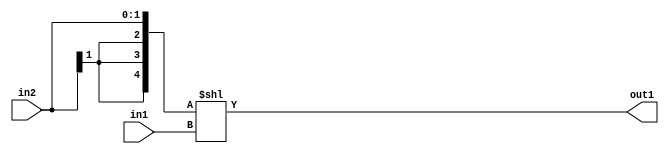
`timescale 1ps / 1ps
/*****************************************************************************
    Verilog RTL Description
    
    
    Created by: CellMath Designer 2019.1.01 
*******************************************************************************/

module DFT_compute_LeftShift_2Sx2U_5S_4 (
	in2,
	in1,
	out1
	); /* architecture "behavioural" */ 
input [1:0] in2,
	in1;
output [4:0] out1;
wire [4:0] asc001;

assign asc001 = {{3{in2[1]}}, in2} << in1;

assign out1 = asc001;
endmodule

/* CADENCE  ubH2Qgg= : u9/ySgnWtBlWxVPRXgAZ4Og= ** DO NOT EDIT THIS LINE ******/